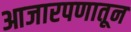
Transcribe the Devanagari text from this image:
आजारपणातून